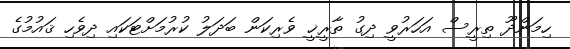
ހިމަންދޫ ތިރީސް އަހަރުވީ ދިގު ތާރީޚީ ވެރިކަން ބަދަލު ކުރުމަށްޓަކައި ދިވެހި ޤައުމުގެ